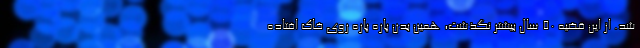
شد. از این قضیه 50 سال بیشتر نگذشت، همین بدن پاره پاره روی خاک افتاده